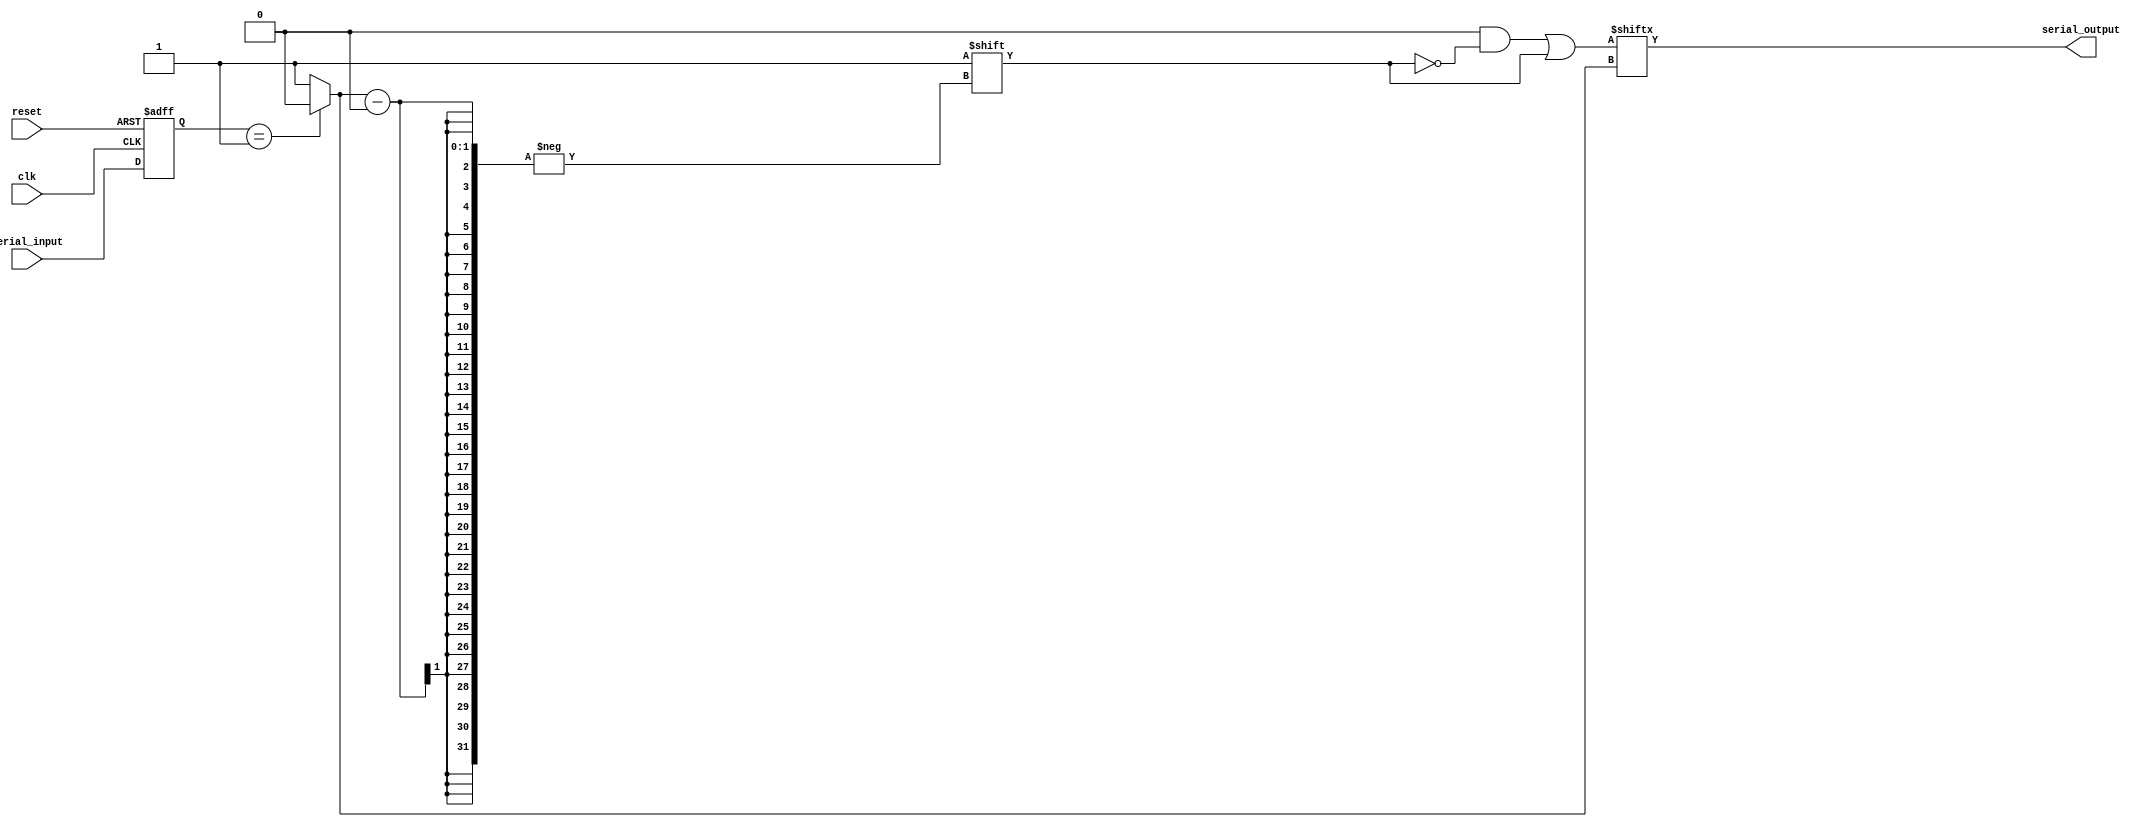
module Serial_Arbiter (
  input wire clk,
  input wire reset,
  input wire [NUM_INPUTS-1:0] serial_input,
  output wire serial_output
);

  // Parameter definition
  parameter NUM_INPUTS = 4;
  
  // Internal signals
  reg [NUM_INPUTS-1:0] input_strobe;
  reg [NUM_INPUTS-1:0] output_strobe;
  reg selected_input;
  
  // Synchronize inputs to system clock
  always @(posedge clk or posedge reset) begin
    if (reset) begin
      input_strobe <= 0;
    end else begin
      input_strobe <= serial_input;
    end
  end

  // Arbiter logic to select input
  always @(*) begin
    // Priority encoder logic to determine selected input
    casez(input_strobe)
      NUM_INPUTS'b1: selected_input = NUM_INPUTS'd0;
      NUM_INPUTS'b01: selected_input = NUM_INPUTS'd1;
      NUM_INPUTS'b001: selected_input = NUM_INPUTS'd2;
      default: selected_input = NUM_INPUTS'd3;
    endcase
    
    // Generate output strobe for selected input
    output_strobe = 0;
    output_strobe[selected_input] = 1;
  end

  // Output logic
  assign serial_output = output_strobe[selected_input];

endmodule